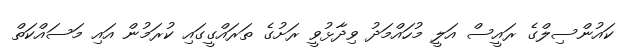
ކައުންސިލްގެ ރައީސް އަލީ މުހައްމަދު ވިދާޅުވީ ރަށުގެ ތަރައްގީގައި ކުރަމުން އައި މަސައްކަތް